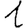
Digit: 1